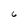
Character: 6